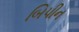
બિપીન